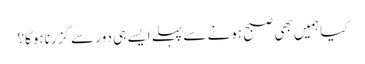
کیا ہمیں بھی صبح ہونے سے پہلے ایسے ہی دور سے گزرناہوگا؟